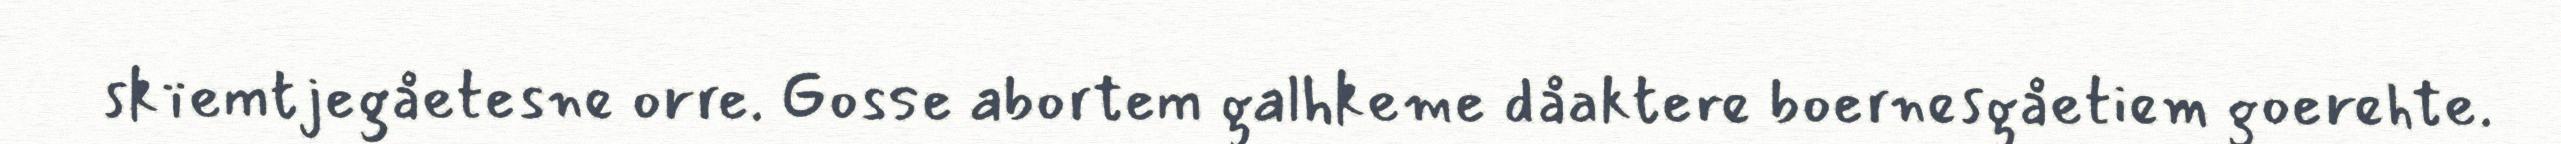
skïemtjegåetesne orre. Gosse abortem galhkeme dåaktere boernesgåetiem goerehte.